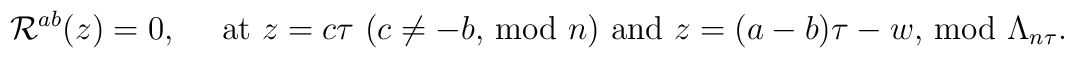
{\cal R}^{ab}(z)=0, ~~~~\mbox{at $z=c\tau$ ($c\neq -b$, mod $n$) and $z=(a-b)\tau -w$, mod $\Lambda_{n\tau}$}.